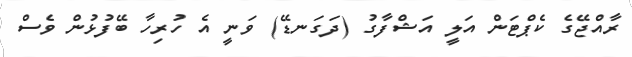
ރާއްޖޭގެ ކެޕްޓަން އަލީ އަޝްފާގު (ދަގަނޑޭ) ވަނީ އެ ހުރިހާ ބޭފުޅުން ވެސް